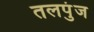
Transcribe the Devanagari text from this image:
तलपुंज